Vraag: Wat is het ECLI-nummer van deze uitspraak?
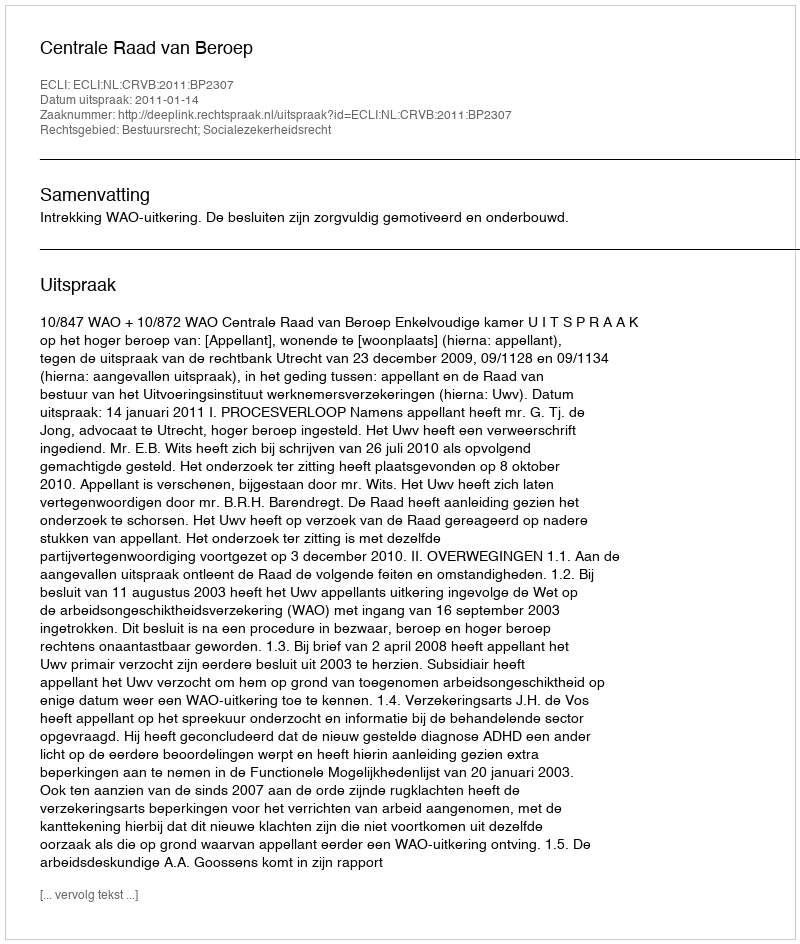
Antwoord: ECLI:NL:CRVB:2011:BP2307